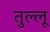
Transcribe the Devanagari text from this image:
तुल्लू